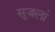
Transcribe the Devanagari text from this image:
सुजलां